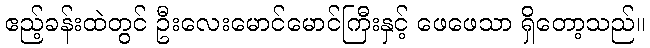
ဧည့်ခန်းထဲတွင် ဦးလေးမောင်မောင်ကြီးနှင့် ဖေဖေသာ ရှိတော့သည်။